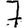
Digit: 7